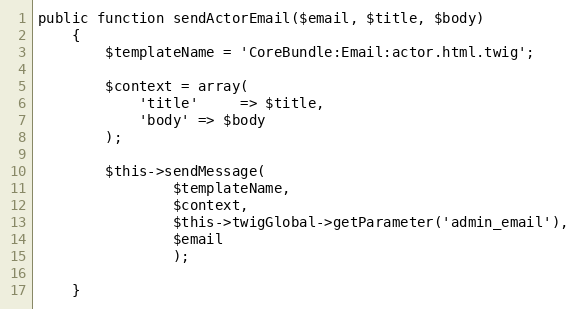
Language: PHP
public function sendActorEmail($email, $title, $body)
    {
        $templateName = 'CoreBundle:Email:actor.html.twig';

        $context = array(
            'title'     => $title,
            'body' => $body
        );

        $this->sendMessage(
                $templateName,
                $context,
                $this->twigGlobal->getParameter('admin_email'),
                $email
                );

    }